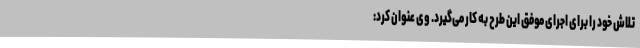
تلاش خود را برای اجرای موفق این طرح به کار می‌گیرد. وی عنوان کرد: